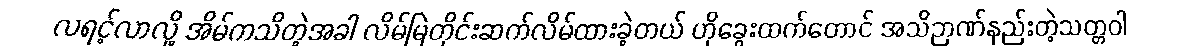
လရင့်လာလို့ အိမ်ကသိတဲ့အခါ လိမ်မြဲတိုင်းဆက်လိမ်ထားခဲ့တယ် ဟိုခွေးထက်တောင် အသိဉာဏ်နည်းတဲ့သတ္တဝါ